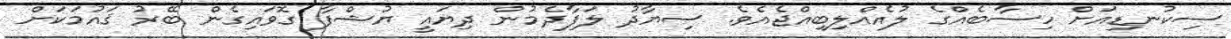
ސިކުނޑިއަށް ހިސާބެއްގެ ލުއެއްލިބިއްޖެއެވެ. ސިޔާދު ލަފާދެމުން ދިޔައީ ޔުޝްފާ ގޮވައިގެން ބޭރު ޤައުމަކަށް